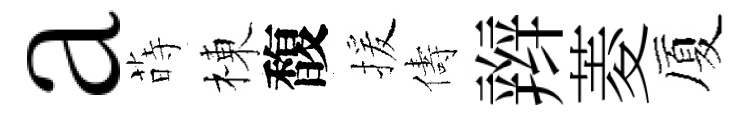
a蒔棟馥援儔辫菱厦